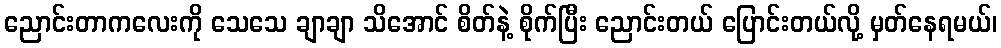
ညောင်းတာကလေးကို သေသေ ချာချာ သိအောင် စိတ်နဲ့ စိုက်ပြီး ညောင်းတယ် ပြောင်းတယ်လို့ မှတ်နေရမယ်၊